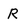
Character: R